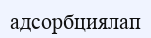
адсорбциялап